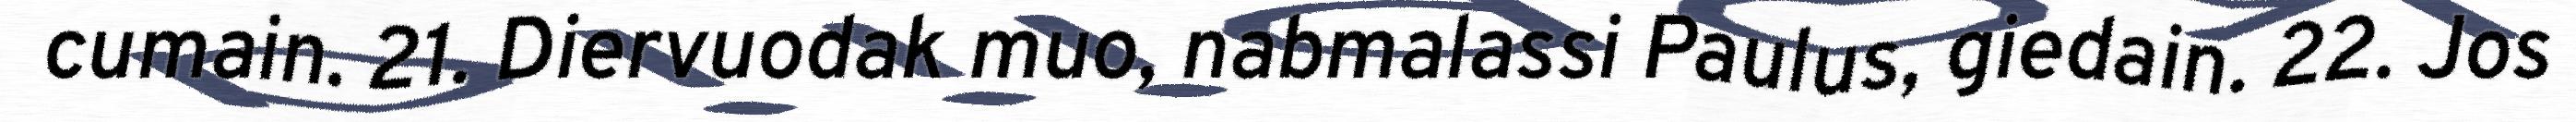
cumain. 21. Diervuodak muo, nabmalassi Paulus, giedain. 22. Jos